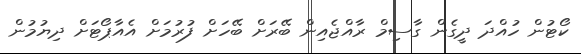
ކޯޓުން ހުއްދަ ދީގެން ގާސިމް ރާއްޖެއިން ބޭރަށް ބޭހަށް ފުރުމަށް އެއާޕޯޓަށް ދިޔުމުން